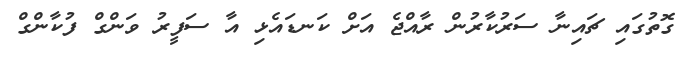
ގޮތުގައި ޗައިނާ ސަރުކާރުން ރާއްޖެ އަށް ކަނޑައެޅި އާ ސަފީރު ވަންގް ފުކާންގް